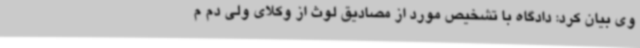
وی بیان کرد: دادگاه با تشخیص مورد از مصادیق لوث از وکلای ولی دم م